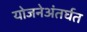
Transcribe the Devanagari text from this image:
योजनेअंतर्घत